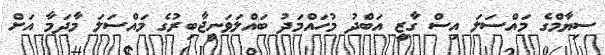
ސިޔާމްގެ މައްސަލަ އިސް ގާޒީ އަބްދު މުހައްމަދު ބައްލަވަނީޖާބިރުގެ މައްސަލަ މާދަމާ އަށް